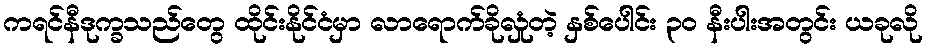
ကရင်နီဒုက္ခသည်တွေ ထိုင်းနိုင်ငံမှာ လာရောက်ခိုလှုံတဲ့ နှစ်ပေါင်း ၃၀ နီးပါးအတွင်း ယခုလို